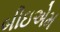
બીઇએમ